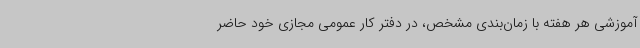
آموزشی هر هفته با زمان‌بندی مشخص، در دفتر کار عمومی مجازی خود حاضر